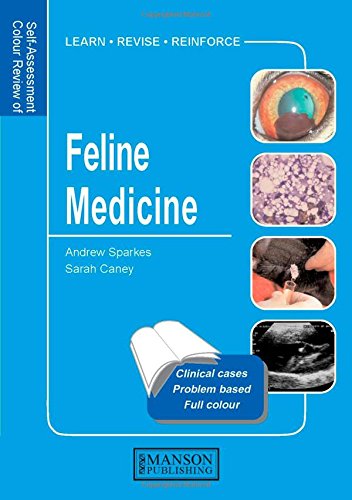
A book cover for Feline Medicine: Self-Assessment Color Review (Veterinary Self-Assessment Color Review Series); Andrew Sparkes; Crafts, Hobbies & Home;